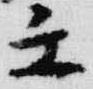
壬